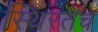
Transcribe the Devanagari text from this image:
स्थिरतेचे